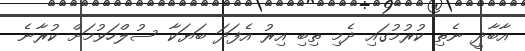
އާބާދީ ނެތި ކުރުމުގައި ދެމި ތިބި އިރު އެފަދަ ބަޔަކާ ސުލްހަވުމަށް ކުރާނެ